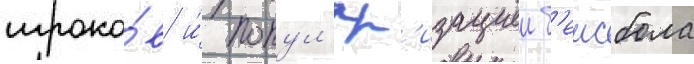
игроко́в и́ попул'яр'изациеи б'еисбола